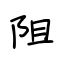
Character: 阻